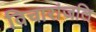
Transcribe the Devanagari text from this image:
विचारांजलि